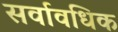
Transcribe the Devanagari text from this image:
सर्वावधिक